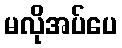
မလိုအပ်ပေ